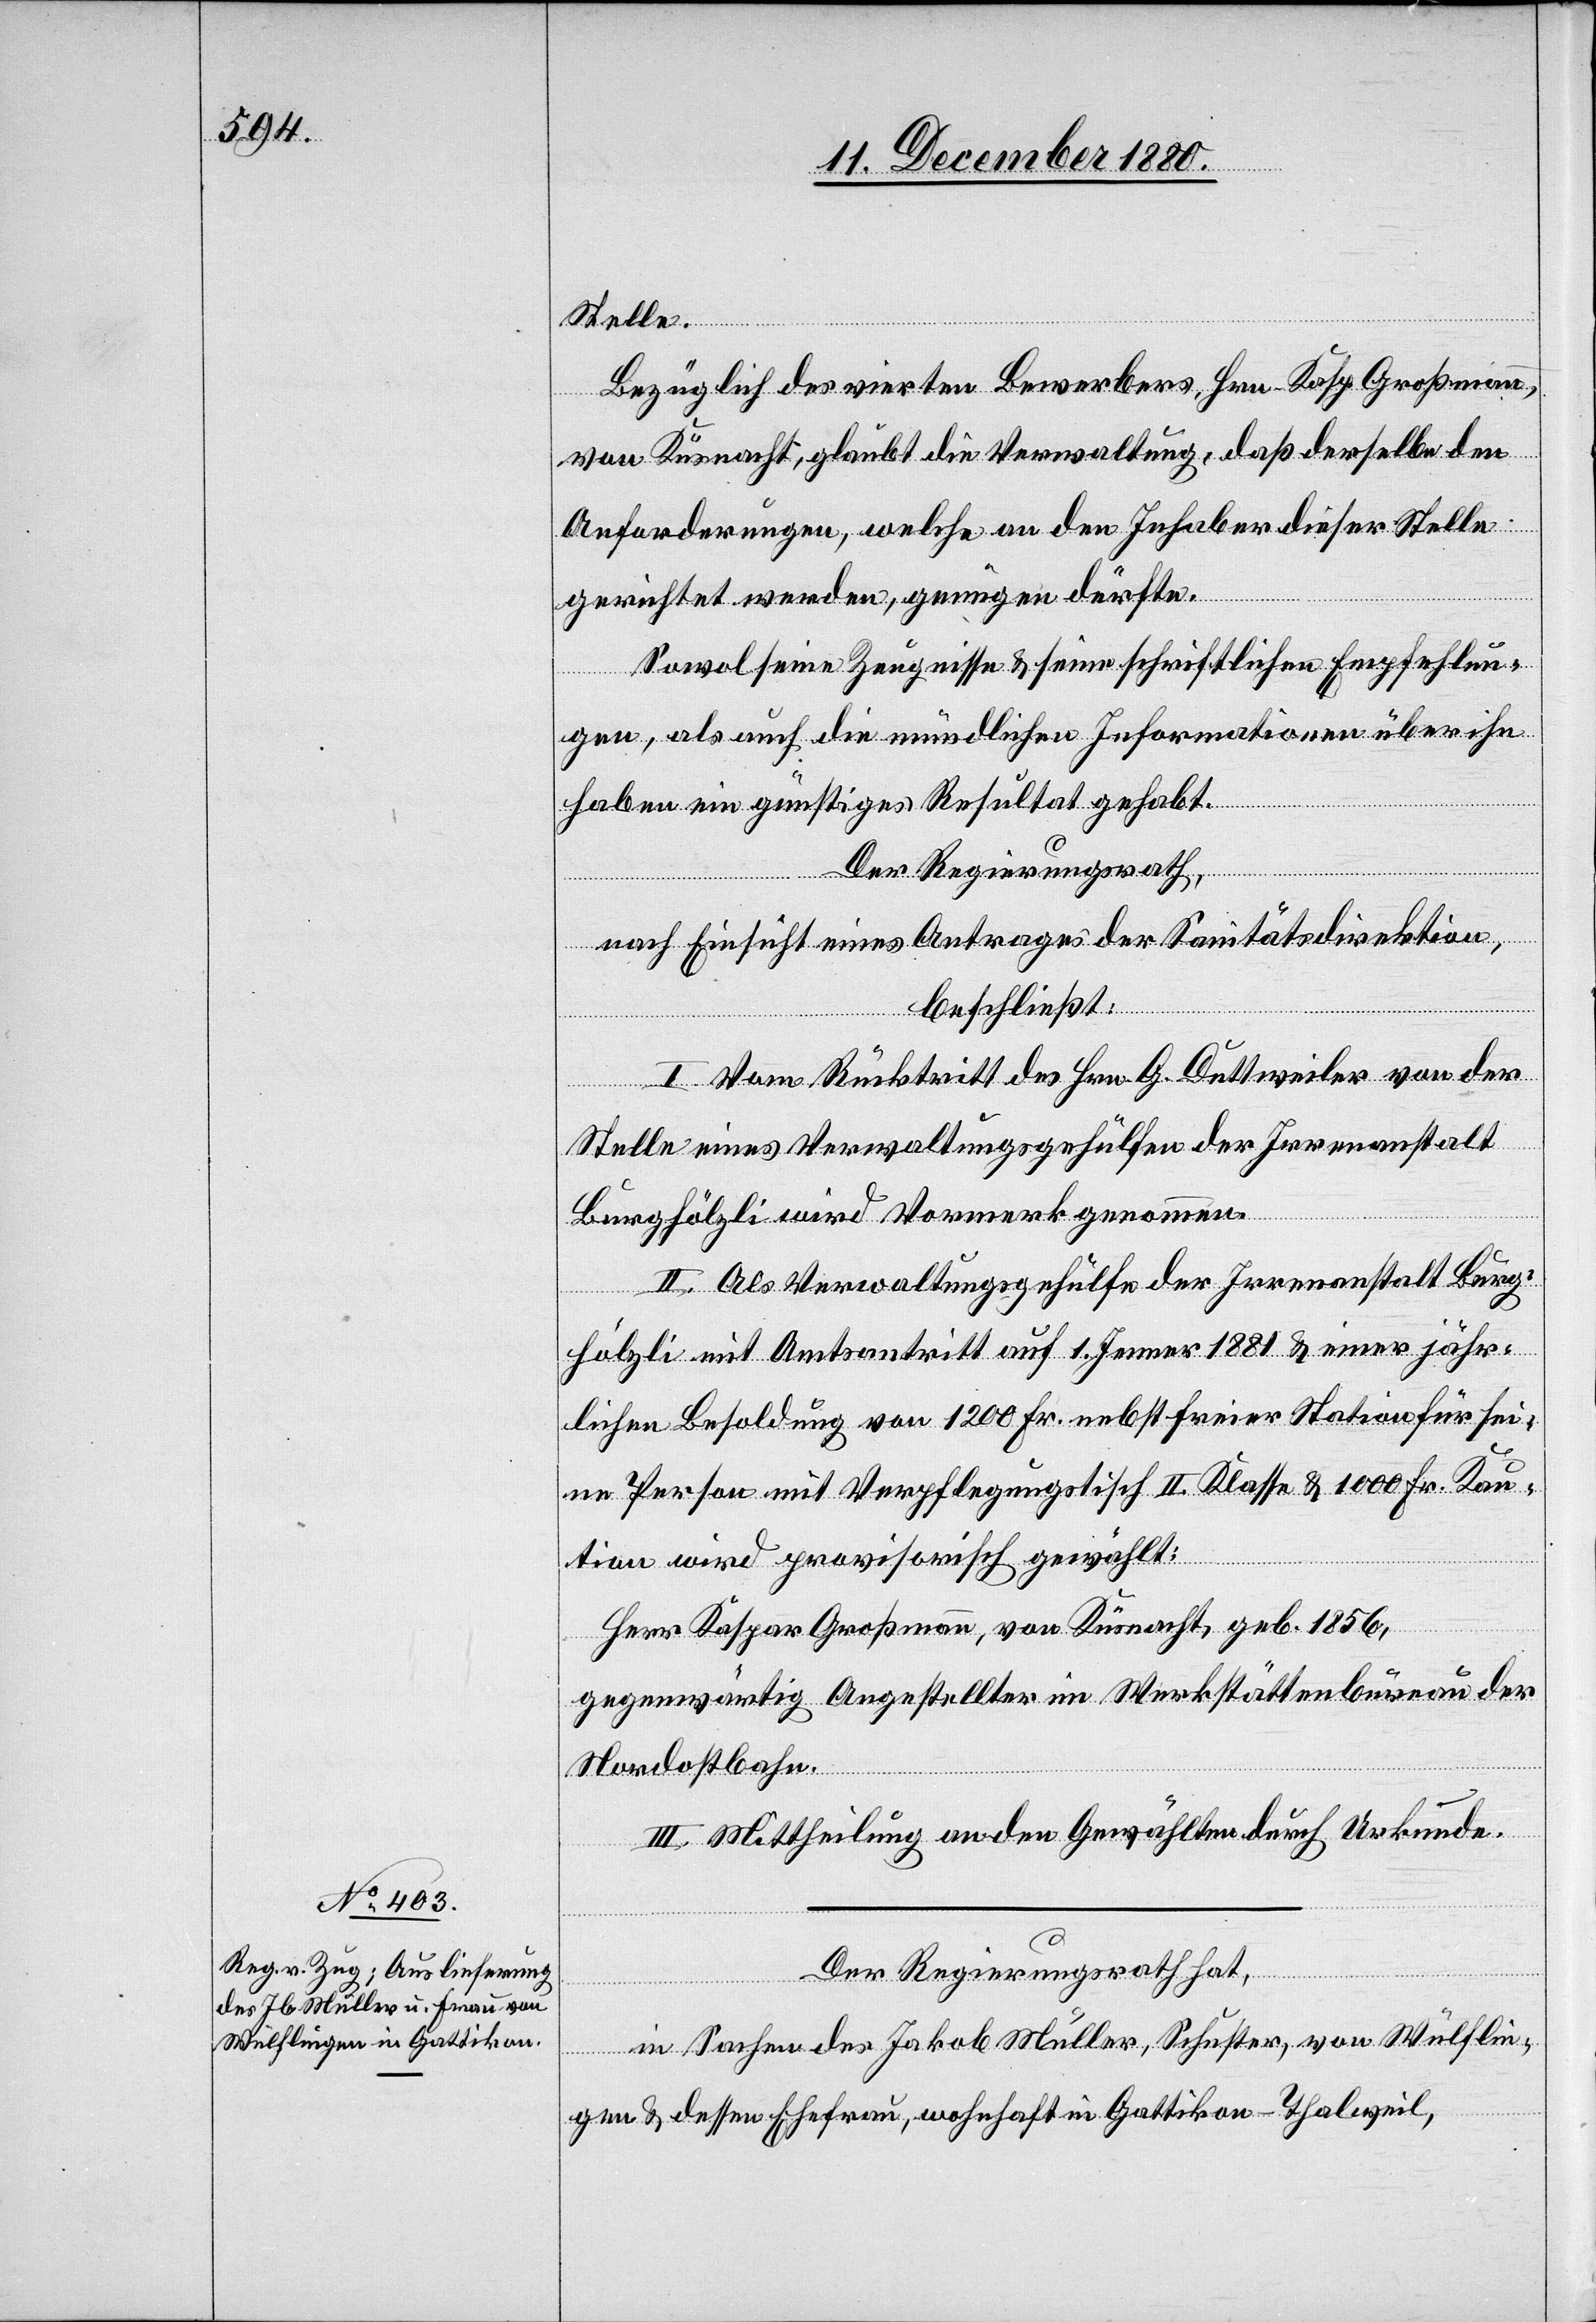
Stelle.
Bezüglich des vierten Bewerbers Hrn. Kasp. Großmann,
von Küsnacht, glaubt die Verwaltung, daß derselbe den
Anforderungen, welche an den Inhaber dieser Stelle
gerichtet werden, genügen dürfte.
Sowol seine Zeugnisse & seine schriftlichen Empfehlun¬
gen, als auch die mündlichen Informationen über ihn
haben ein günstiges Resultat gehabt.
Der Regierungsrath,
nach Einsicht eines Antrages der Sanitätsdirektion,
beschließt:
I. Vom Rücktritt des Hrn. G. Duttweiler von der
Stelle eines Verwaltungsgehülfen der Irrenanstalt
Burghölzli wird Vormerk genommen.
II. Als Verwaltungsgehülfe der Irrenanstalt Burg¬
hölzli mit Amtsantritt auf 1. Jenner 1881 & einer jähr¬
lichen Besoldung von 1200 Fr. nebst freier Station für sei¬
ne Person mit Verpflegungstisch II. Klasse & 1000 Fr. Kau¬
tion wird provisorisch gewählt:
Herr Kaspar Großmann, von Küsnacht, geb. 1856,
gegenwärtig Angestellter im Werkstättenbureau der
Nordostbahn.
III. Mittheilung an den Gewählten durch Urkunde.
Der Regierungsrath hat,
in Sachen des Jakob Müller, Schuster, von Wülflin¬
gen & dessen Ehefrau, wohnhaft in Gattikon - Thalweil,